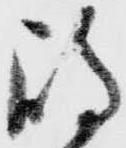
嶋